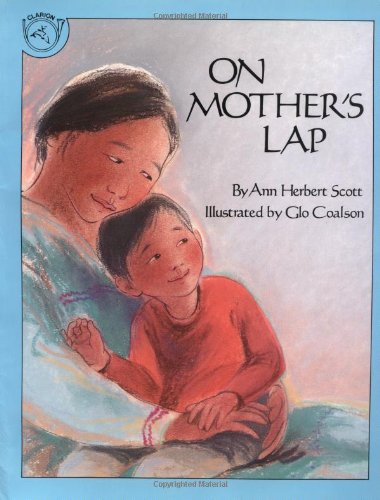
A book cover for On Mother's Lap; Ann Herbert Scott; Religion & Spirituality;